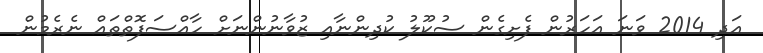
އަދި 2014 ވަނަ އަހަރުން ފެށިގެން ސުކޫލު ކުދިންނާއި ޒުވާނުންނަށް ހާއްސަފޮތްތައް ނެރެމުން